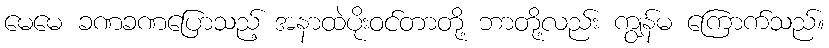
မေမေ ခဏခဏပြောသည့် အနာထဲပိုးဝင်တာတို့ ဘာတို့လည်း ကျွန်မ ကြောက်သည်။